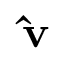
\mathbf { \hat { v } }